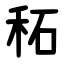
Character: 䄷